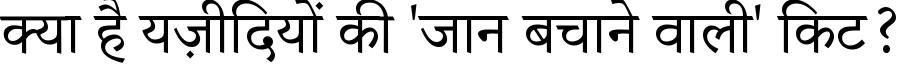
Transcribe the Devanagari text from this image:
क्या है यज़ीदियों की 'जान बचाने वाली' किट?